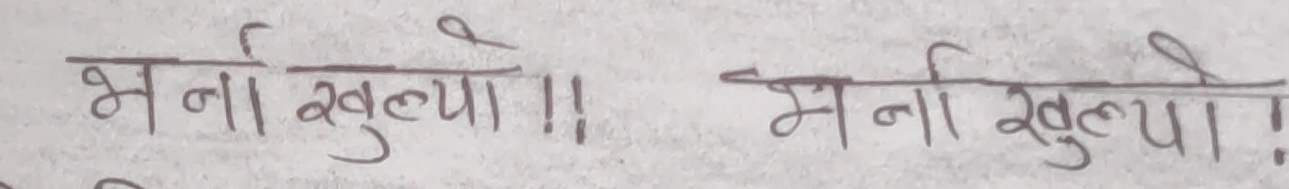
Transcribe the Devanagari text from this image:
भर्ना खुल्यो!! भर्ना खुल्यो!